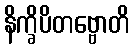
နိက္ခိပိတဗ္ဗောတိ